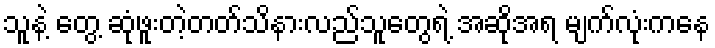
သူနဲ့ တွေ့ ဆုံဖူးတဲ့တတ်သိနားလည်သူတွေရဲ့ အဆိုအရ မျက်လုံးကနေ